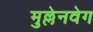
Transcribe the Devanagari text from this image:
मुल्लेनवेग